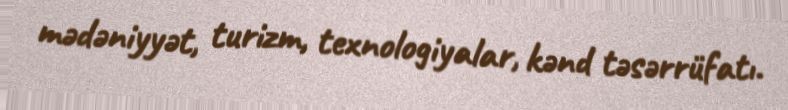
mədəniyyət, turizm, texnologiyalar, kənd təsərrüfatı.